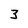
Character: 3